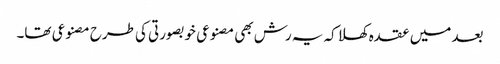
بعد میں عقدہ کھلا کہ یہ رش بھی مصنوعی خوبصورتی کی طرح مصنوعی تھا۔